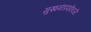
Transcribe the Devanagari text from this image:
मुखमंडपाऐवजी